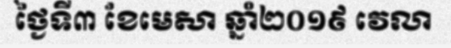
ថ្ងៃទី៣ ខែមេសា ឆ្នាំ២០១៩ វេលា